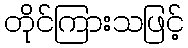
တိုင်ကြားသဖြင့်